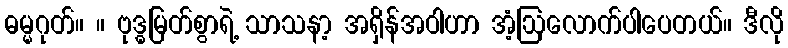
ဓမ္မဂုတ်။ ။ ဗုဒ္ဓမြတ်စွာရဲ့ သာသနာ့ အရှိန်အဝါဟာ အံ့ဩလောက်ပါပေတယ်။ ဒီလို